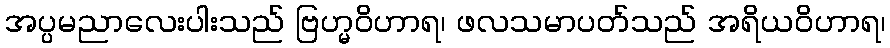
အပ္ပမညာလေးပါးသည် ဗြဟ္မဝိဟာရ၊ ဖလသမာပတ်သည် အရိယဝိဟာရ၊